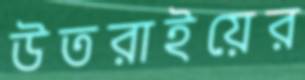
উতরাইয়ের